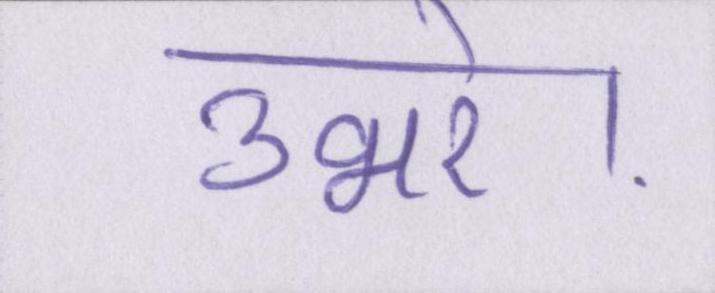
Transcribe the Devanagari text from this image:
उभरे।